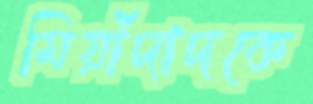
মিয়াঁদাদকে